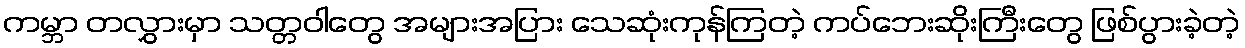
ကမ္ဘာ တလွှားမှာ သတ္တဝါတွေ အများအပြား သေဆုံးကုန်ကြတဲ့ ကပ်ဘေးဆိုးကြီးတွေ ဖြစ်ပွားခဲ့တဲ့